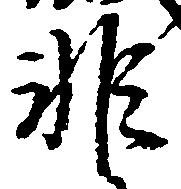
非